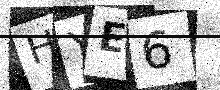
Text: HYE6